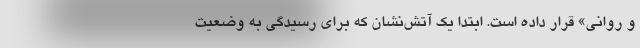
و روانی» قرار داده است. ابتدا یک آتش‌نشان که برای رسیدگی به وضعیت